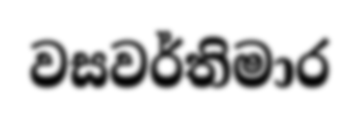
වසවර්තිමාර